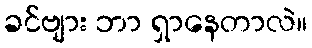
ခင်ဗျား ဘာ ရှာနေတာလဲ။